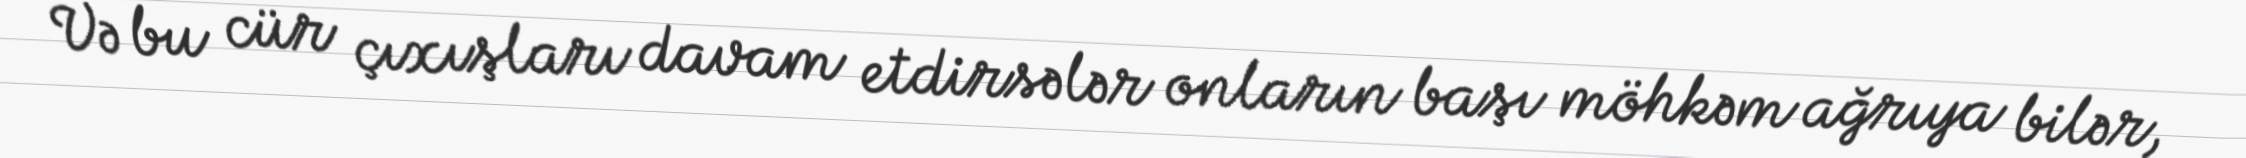
Və bu cür çıxışları davam etdirsələr onların başı möhkəm ağrıya bilər,